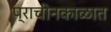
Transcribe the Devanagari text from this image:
प्राचीनकाळात